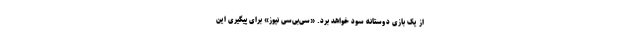
از یک بازی دوستانه سود خواهد برد. «سی‌بی‌سی نیوز» برای پیگیری این